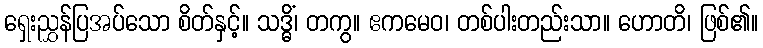
ရှေးညွှန်ပြအပ်သော စိတ်နှင့်။ သဒ္ဓိံ၊ တကွ။ ဧကမေဝ၊ တစ်ပါးတည်းသာ။ ဟောတိ၊ ဖြစ်၏။